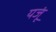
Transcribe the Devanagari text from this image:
यजूं